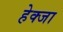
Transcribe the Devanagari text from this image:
हेक्जा